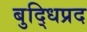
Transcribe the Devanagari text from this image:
बुद्धिप्रद